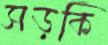
সড়কি